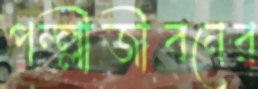
পল্ল্লীজীবনের